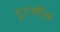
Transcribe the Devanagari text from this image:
टूटशील